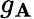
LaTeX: g_{\mathbf{A}}